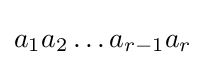
{\textstyle a_{1}a_{2}\ldots a_{r-1}a_{r}}